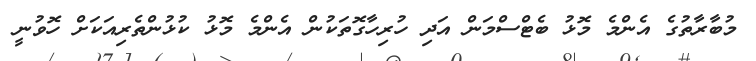
މުބާރާތުގެ އެންމެ މޮޅު ބެޓްސްމަން އަދި ހުރިހާގޮތަކުން އެންމެ މޮޅު ކުޅުންތެރިއަކަށް ހޮވުނީ